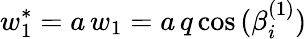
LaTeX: w_{1}^{*}=a\, w_{1}=a\, q\cos{(\beta_{i}^{(1)})}